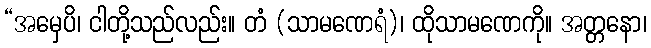
“အမှေပိ၊ ငါတို့သည်လည်း။ တံ (သာမဏေရံ)၊ ထိုသာမဏေကို။ အတ္တနော၊